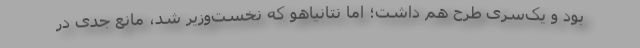
بود و یک‌سری طرح هم داشت؛ اما نتانیاهو که نخست‌وزیر شد، مانع جدی در